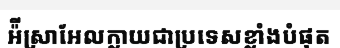
អ៉ីស្រាអែលក្លាយជាប្រទេសខ្លាំងបំផុត